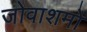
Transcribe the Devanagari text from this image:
जोवाशमों